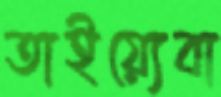
তাইয়্যেবা